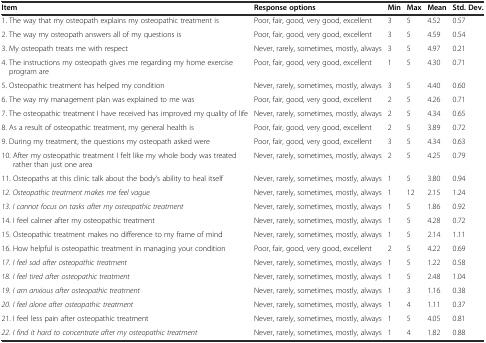
<table><thead><tr><td><b>Item</b></td><td><b>Response options</b></td><td><b>Min</b></td><td><b>Max</b></td><td><b>Mean</b></td><td><b>Std. Dev.</b></td></tr></thead><tbody><tr><td>1. The way that my osteopath explains my osteopathic treatment is</td><td>Poor, fair, good, very good, excellent</td><td>3</td><td>5</td><td>4.52</td><td>0.57</td></tr><tr><td>2. The way my osteopath answers all of my questions is</td><td>Poor, fair, good, very good, excellent</td><td>3</td><td>5</td><td>4.59</td><td>0.54</td></tr><tr><td>3. My osteopath treats me with respect</td><td>Never, rarely, sometimes, mostly, always</td><td>3</td><td>5</td><td>4.97</td><td>0.21</td></tr><tr><td>4. The instructions my osteopath gives me regarding my home exercise program are</td><td>Poor, fair, good, very good, excellent</td><td>1</td><td>5</td><td>4.30</td><td>0.71</td></tr><tr><td>5. Osteopathic treatment has helped my condition</td><td>Never, rarely, sometimes, mostly, always</td><td>3</td><td>5</td><td>4.40</td><td>0.60</td></tr><tr><td>6. The way my management plan was explained to me was</td><td>Poor, fair, good, very good, excellent</td><td>2</td><td>5</td><td>4.26</td><td>0.71</td></tr><tr><td>7. The osteopathic treatment I have received has improved my quality of life</td><td>Never, rarely, sometimes, mostly, always</td><td>2</td><td>5</td><td>4.34</td><td>0.65</td></tr><tr><td>8. As a result of osteopathic treatment, my general health is</td><td>Poor, fair, good, very good, excellent</td><td>2</td><td>5</td><td>3.89</td><td>0.72</td></tr><tr><td>9. During my treatment, the questions my osteopath asked were</td><td>Poor, fair, good, very good, excellent</td><td>3</td><td>5</td><td>4.34</td><td>0.63</td></tr><tr><td>10. After my osteopathic treatment I felt like my whole body was treated rather than just one area</td><td>Never, rarely, sometimes, mostly, always</td><td>2</td><td>5</td><td>4.25</td><td>0.79</td></tr><tr><td>11. Osteopaths at this clinic talk about the body’s ability to heal itself</td><td>Never, rarely, sometimes, mostly, always</td><td>1</td><td>5</td><td>3.80</td><td>0.94</td></tr><tr><td><i>12. Osteopathic treatment makes me feel vague</i></td><td>Never, rarely, sometimes, mostly, always</td><td>1</td><td>12</td><td>2.15</td><td>1.24</td></tr><tr><td><i>13. I cannot focus on tasks after my osteopathic treatment</i></td><td>Never, rarely, sometimes, mostly, always</td><td>1</td><td>5</td><td>1.86</td><td>0.92</td></tr><tr><td>14. I feel calmer after my osteopathic treatment</td><td>Never, rarely, sometimes, mostly, always</td><td>1</td><td>5</td><td>4.28</td><td>0.72</td></tr><tr><td>15. Osteopathic treatment makes no difference to my frame of mind</td><td>Never, rarely, sometimes, mostly, always</td><td>1</td><td>5</td><td>2.14</td><td>1.11</td></tr><tr><td>16. How helpful is osteopathic treatment in managing your condition</td><td>Poor, fair, good, very good, excellent</td><td>2</td><td>5</td><td>4.22</td><td>0.69</td></tr><tr><td><i>17. I feel sad after osteopathic treatment</i></td><td>Never, rarely, sometimes, mostly, always</td><td>1</td><td>5</td><td>1.22</td><td>0.58</td></tr><tr><td><i>18. I feel tired after osteopathic treatment</i></td><td>Never, rarely, sometimes, mostly, always</td><td>1</td><td>5</td><td>2.48</td><td>1.04</td></tr><tr><td><i>19. I am anxious after osteopathic treatment</i></td><td>Never, rarely, sometimes, mostly, always</td><td>1</td><td>3</td><td>1.16</td><td>0.38</td></tr><tr><td><i>20. I feel alone after osteopathic treatment</i></td><td>Never, rarely, sometimes, mostly, always</td><td>1</td><td>4</td><td>1.11</td><td>0.37</td></tr><tr><td>21. I feel less pain after osteopathic treatment</td><td>Never, rarely, sometimes, mostly, always</td><td>1</td><td>5</td><td>4.05</td><td>0.81</td></tr><tr><td><i>22. I find it hard to concentrate after my osteopathic treatment</i></td><td>Never, rarely, sometimes, mostly, always</td><td>1</td><td>4</td><td>1.82</td><td>0.88</td></tr></tbody></table>